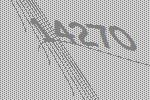
14270